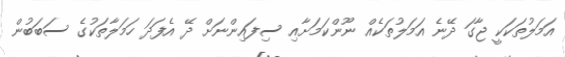
އަމަލުތަކަކީ ޖާގަ ދޭނެ އަމަލުތަކެއް ނޫންކަމަށާއި ސިފައިންނަށް ދޭ އެފަދަ ހަމަލާތަކުގެ ސަބަބުން